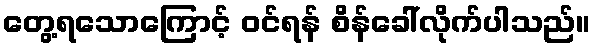
တွေ့ရသောကြောင့် ဝင်ရန် စိန်ခေါ်လိုက်ပါသည်။